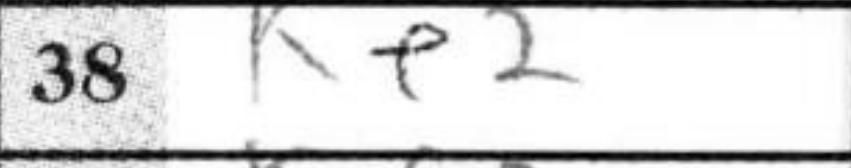
Transcription: Ke2